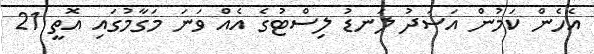
އެހެން ކަމުން އަސަދު ލަނޑު ލިސްޓުގެ އެއް ވަަނަ މަގާމުގައި އޮތީ 21